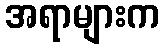
အရာများက